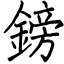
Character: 鎊